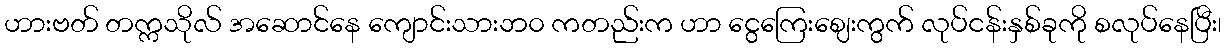
ဟားဗတ် တက္ကသိုလ် အဆောင်နေ ကျောင်းသားဘ၀ ကတည်းက ဟာ ငွေကြေးဈေးကွက် လုပ်ငန်းနှစ်ခုကို စလုပ်နေပြီး၊